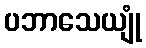
ပဘာသေယျုံ